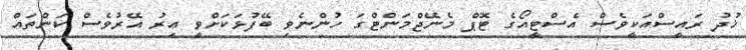
ޚުދު ރައީސްއަކީވެސް އެސްޓީއޯގެ ޓޮޕް މެނޭޖްމަންޓްގަ ހުންނެވި ބޭފުޅަކަށްވީ އިރު އޭރުވެސް ކަންތައް